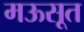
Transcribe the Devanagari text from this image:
मऊसूत